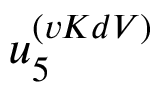
u _ { 5 } ^ { ( v K d V ) }